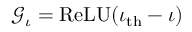
\mathcal { G } _ { \iota } = \mathrm { R e L U } ( \iota _ { \mathrm { t h } } - \iota )